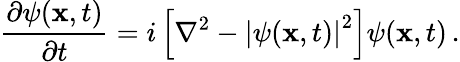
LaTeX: \frac{\partial\psi({\mathbf x},t)}{\partial t}=i\left[\nabla^{2}-\left|\psi({\mathbf x},t)\right|^{2}\right]\psi({\mathbf x},t)\, .